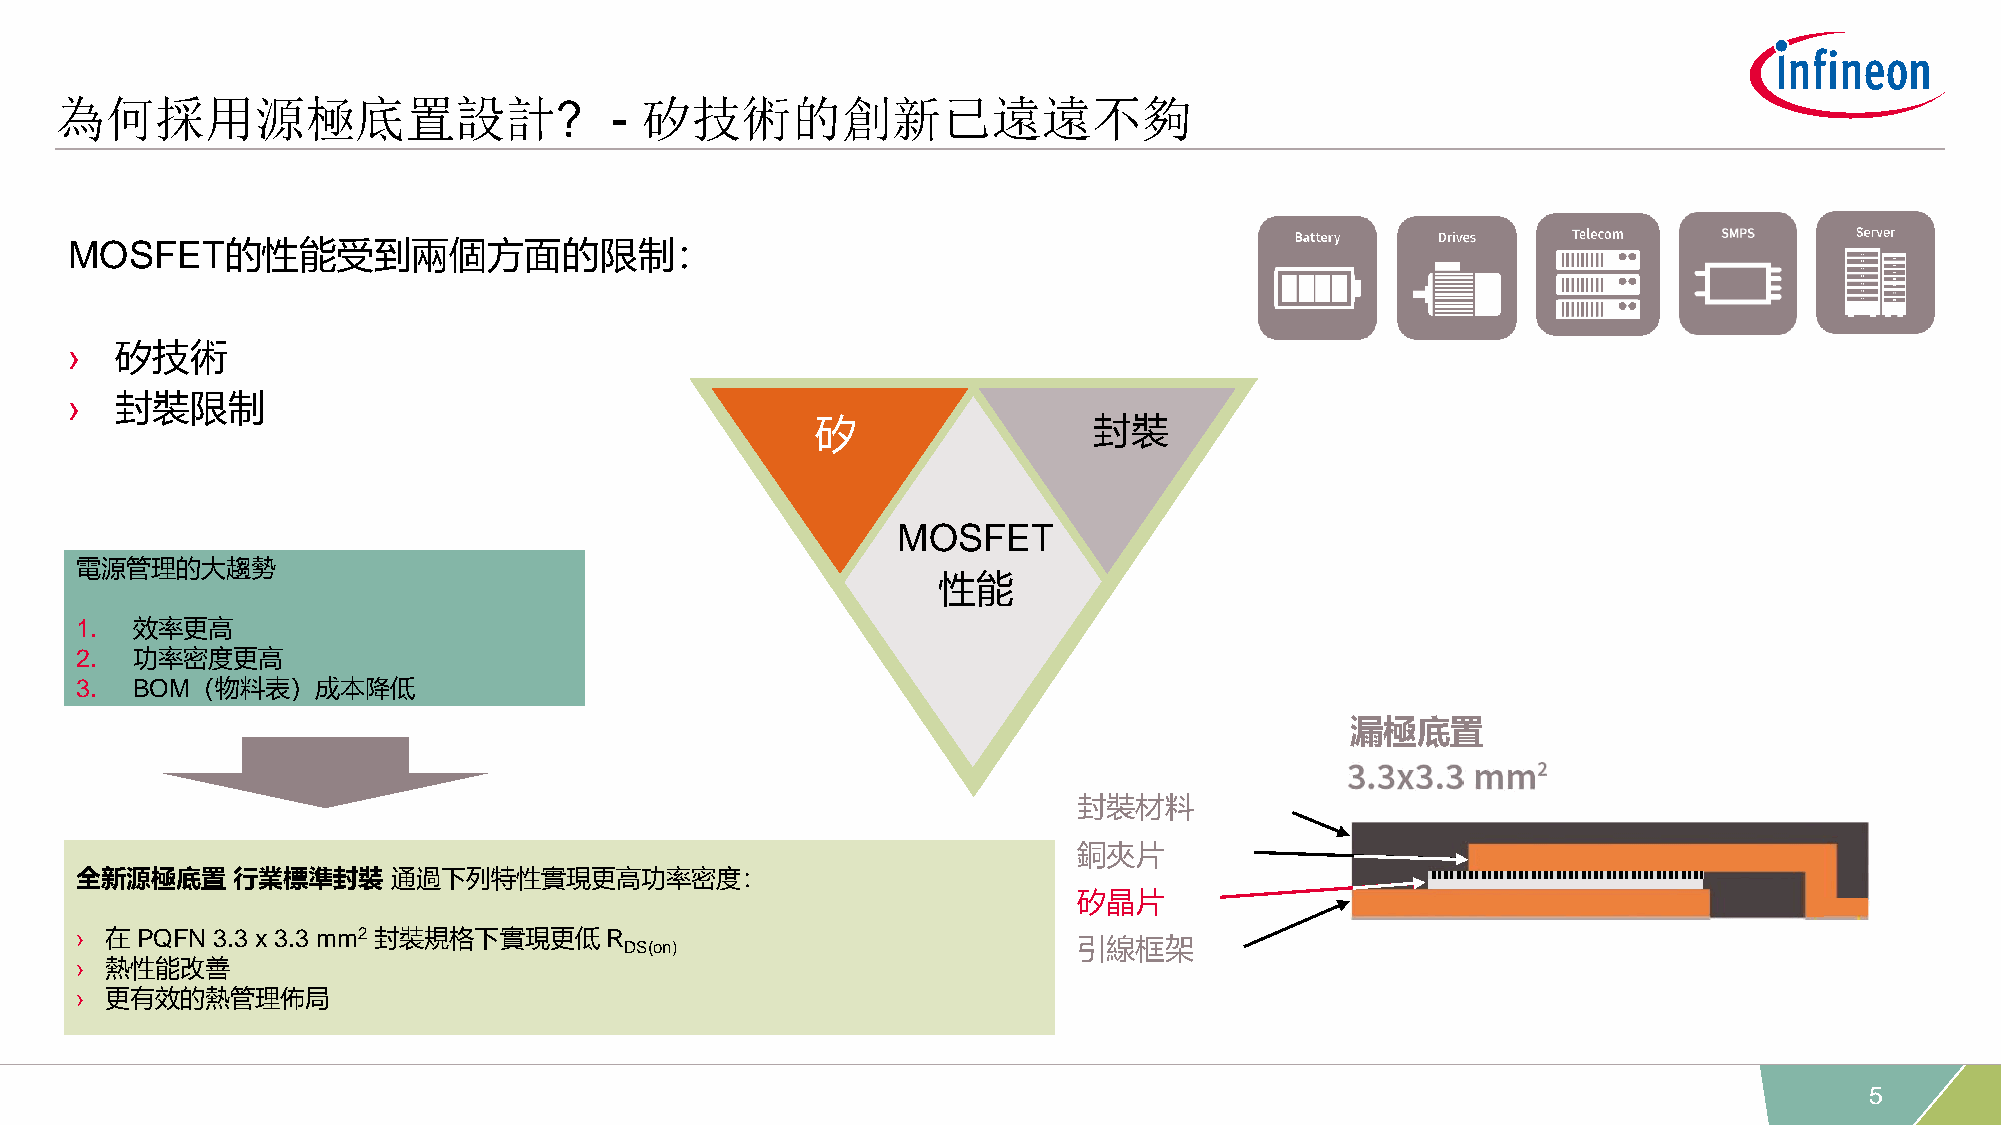
為何採用源極底置設計?                         - 矽技術的創新已遠遠不夠
 MOSFET的性能受到兩個方面的限制：
 ›  矽技術
 ›  封裝限制
 矽                 封裝
 MOSFET
 電源管理的大趨勢
 性能
 1.  效率更高
 2.  功率密度更高
 3.  BOM（物料表）成本降低
 漏極底置
 封裝材料
 銅夾片
 全新源極底置    行業標準封裝     通過下列特性實現更高功率密度：
 矽晶片
 › 在 PQFN 3.3 x 3.3 mm2 封裝規格下實現更低   R
 DS(on)                        引線框架
 › 熱性能改善
 › 更有效的熱管理佈局
 5